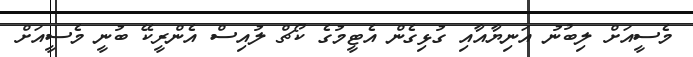
މެސީއަށް ލިބުނު އަނިޔާއާއި ގުޅިގެން އެޓީމުގެ ކޯޗް ލުއިސް އެންރީކޭ ބުނީ މެސީއަށް